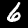
Label: 6